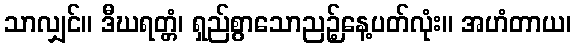
သာလျှင်။ ဒီဃရတ္တံ၊ ရှည်စွာသောညဉ့်နေ့ပတ်လုံး။ အဟံတာယ၊